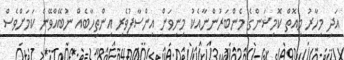
އަދި މިހާރު މިއޮތް ކޮމިޝަންގެ މެންބަރުންނާއެކު މިނިވަން އިންސާފުވެރި އިންތިހާބެއް ނުބޭއްވޭނެ ކަމަށްވެސް